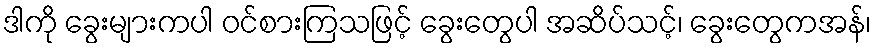
ဒါကို ခွေးများကပါ ဝင်စားကြသဖြင့် ခွေးတွေပါ အဆိပ်သင့်၊ ခွေးတွေကအန်၊